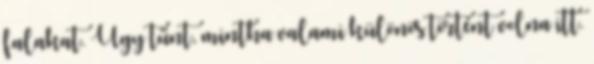
falakat. Úgy tűnt, mintha valami különös történt volna itt.